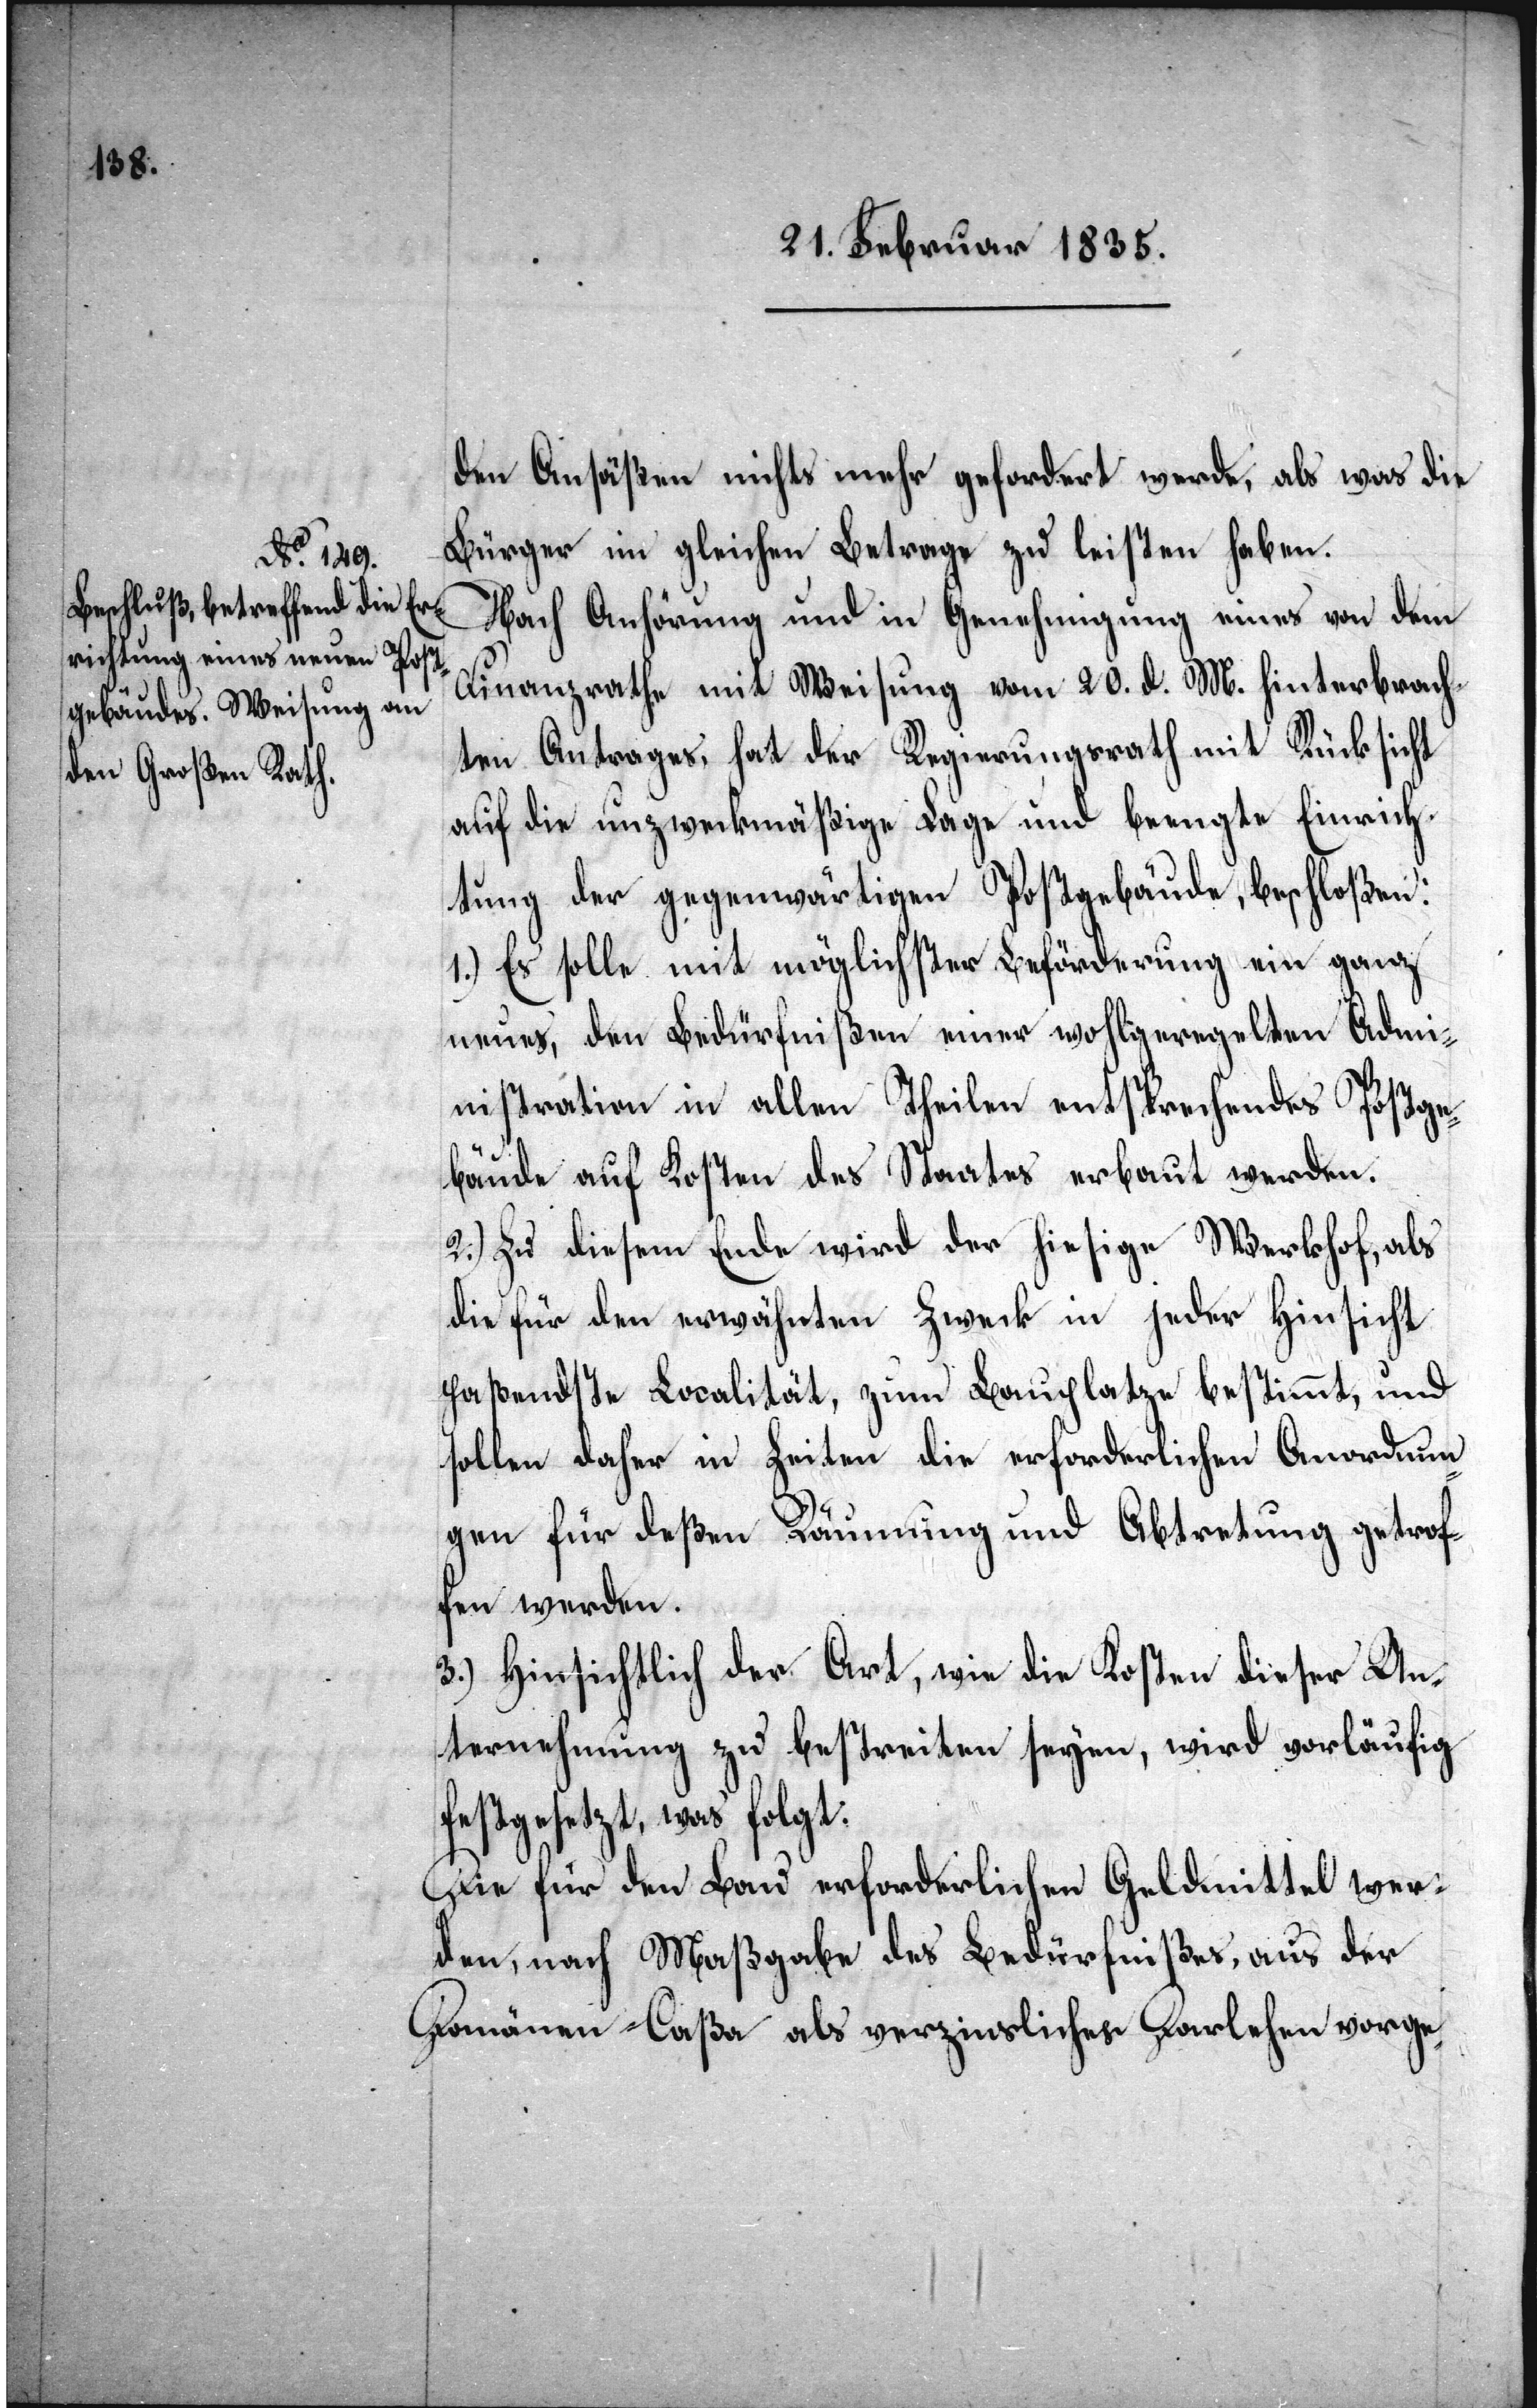
den Ansäßen nichts mehr gefordert werde, als was die
Bürger im gleichen Betrage zu leisten haben.
Nach Anhörung und in Genehmigung eines von dem
Finanzrathe mit Weisung vom 20. d. M. hinterbrach¬
ten Antrages, hat der Regierungsrath mit Rücksicht
auf die unzweckmäßige Lage und beengte Einrich¬
tung der gegenwärtigen Postgebäude, beschloßen:
1.) Es solle mit möglichster Beförderung ein ganz
neues, den Bedürfnißen einer wohlgeregelten Admi¬
nistration in allen Theilen entsprechendes Postge¬
bäude auf Kosten des Staates erbaut werden.
2.) Zu diesem Ende wird der hiesige Werkhof, als
die für den erwähnten Zweck in jeder Hinsicht
paßendste Localität, zum Hauptplatze bestimmt, und
sollen daher in Zeiten die erforderlichen Anordnun¬
gen für deßen Räumung und Abtretung getrof¬
fen werden.
3.) Hinsichtlich der Art, wie die Kosten dieser Un¬
ternehmung zu bestreiten seyen, wird vorläufig
festgesetzt, was folgt :
Die für den Bau erforderlichen Geldmittel wer¬
den, nach Maßgabe der Bedürfniße, aus der
Domänen-Caßa als verzinsliches Darlehen vorge-